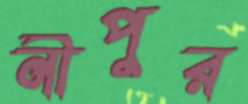
নীপুর